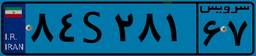
۰۴S۰۱۱۳۰